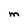
Character: M